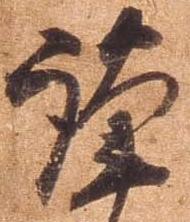
謹